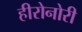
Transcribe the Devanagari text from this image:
हीरोनोरी